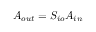
A _ { o u t } = S _ { i o } A _ { i n }